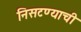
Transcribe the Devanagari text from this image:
निसटण्याची